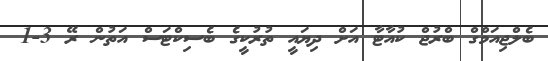
ބެލްޖިއަމްގް ބްރުޖް ކުއާޓާ އަށް ދިޔައީ ތުރުކީގެ ބެސިކްޓަސް އަތުން ރޭ 3-1